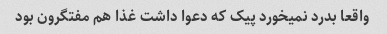
واقعا بدرد نمیخورد پیک که دعوا داشت غذا هم مفتگرون بود